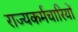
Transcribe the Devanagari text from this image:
राज्यकर्मचारियों